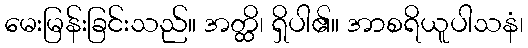
မေးမြန်းခြင်းသည်။ အတ္ထိ၊ ရှိပါ၏။ အာစရိယူပါသနံ၊